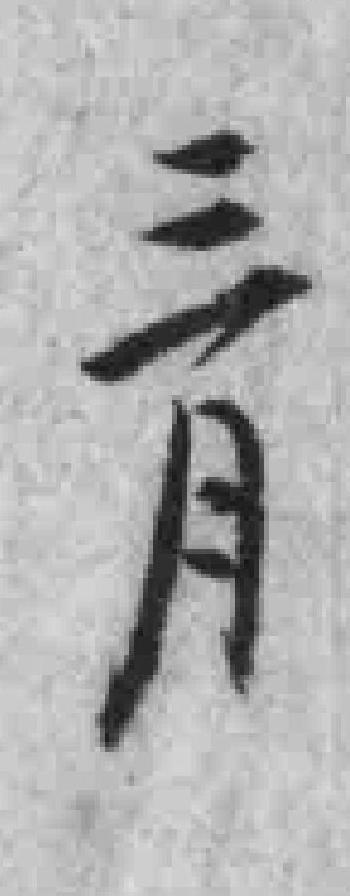
三月